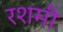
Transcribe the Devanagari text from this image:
रशमी